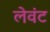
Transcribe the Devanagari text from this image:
लेवंट